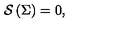
\mathcal { S } \left( \Sigma \right) = 0 ,